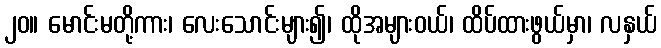
၂၀။ မောင်းမတို့ကား၊ လေးသောင်းများ၍၊ ထိုအများဝယ်၊ ထိပ်ထားဖွယ်မှာ၊ လနှယ်